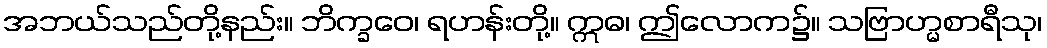
အဘယ်သည်တို့နည်း။ ဘိက္ခဝေ၊ ရဟန်းတို့။ ဣဓ၊ ဤလောက၌။ သဗြာဟ္မစာရီသု၊